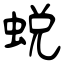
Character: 蜕